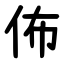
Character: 佈